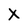
Character: x